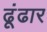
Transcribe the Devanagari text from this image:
ढूंढार